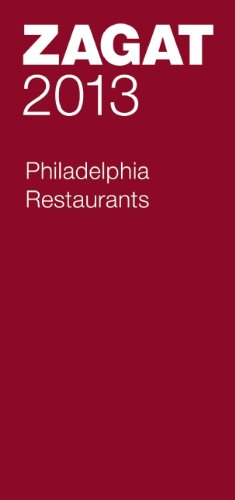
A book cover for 2013 Philadelphia Restaurants (Zagat Survey: Philadelphia Restaurants); Travel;